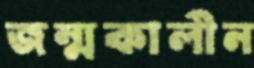
জন্মকালীন